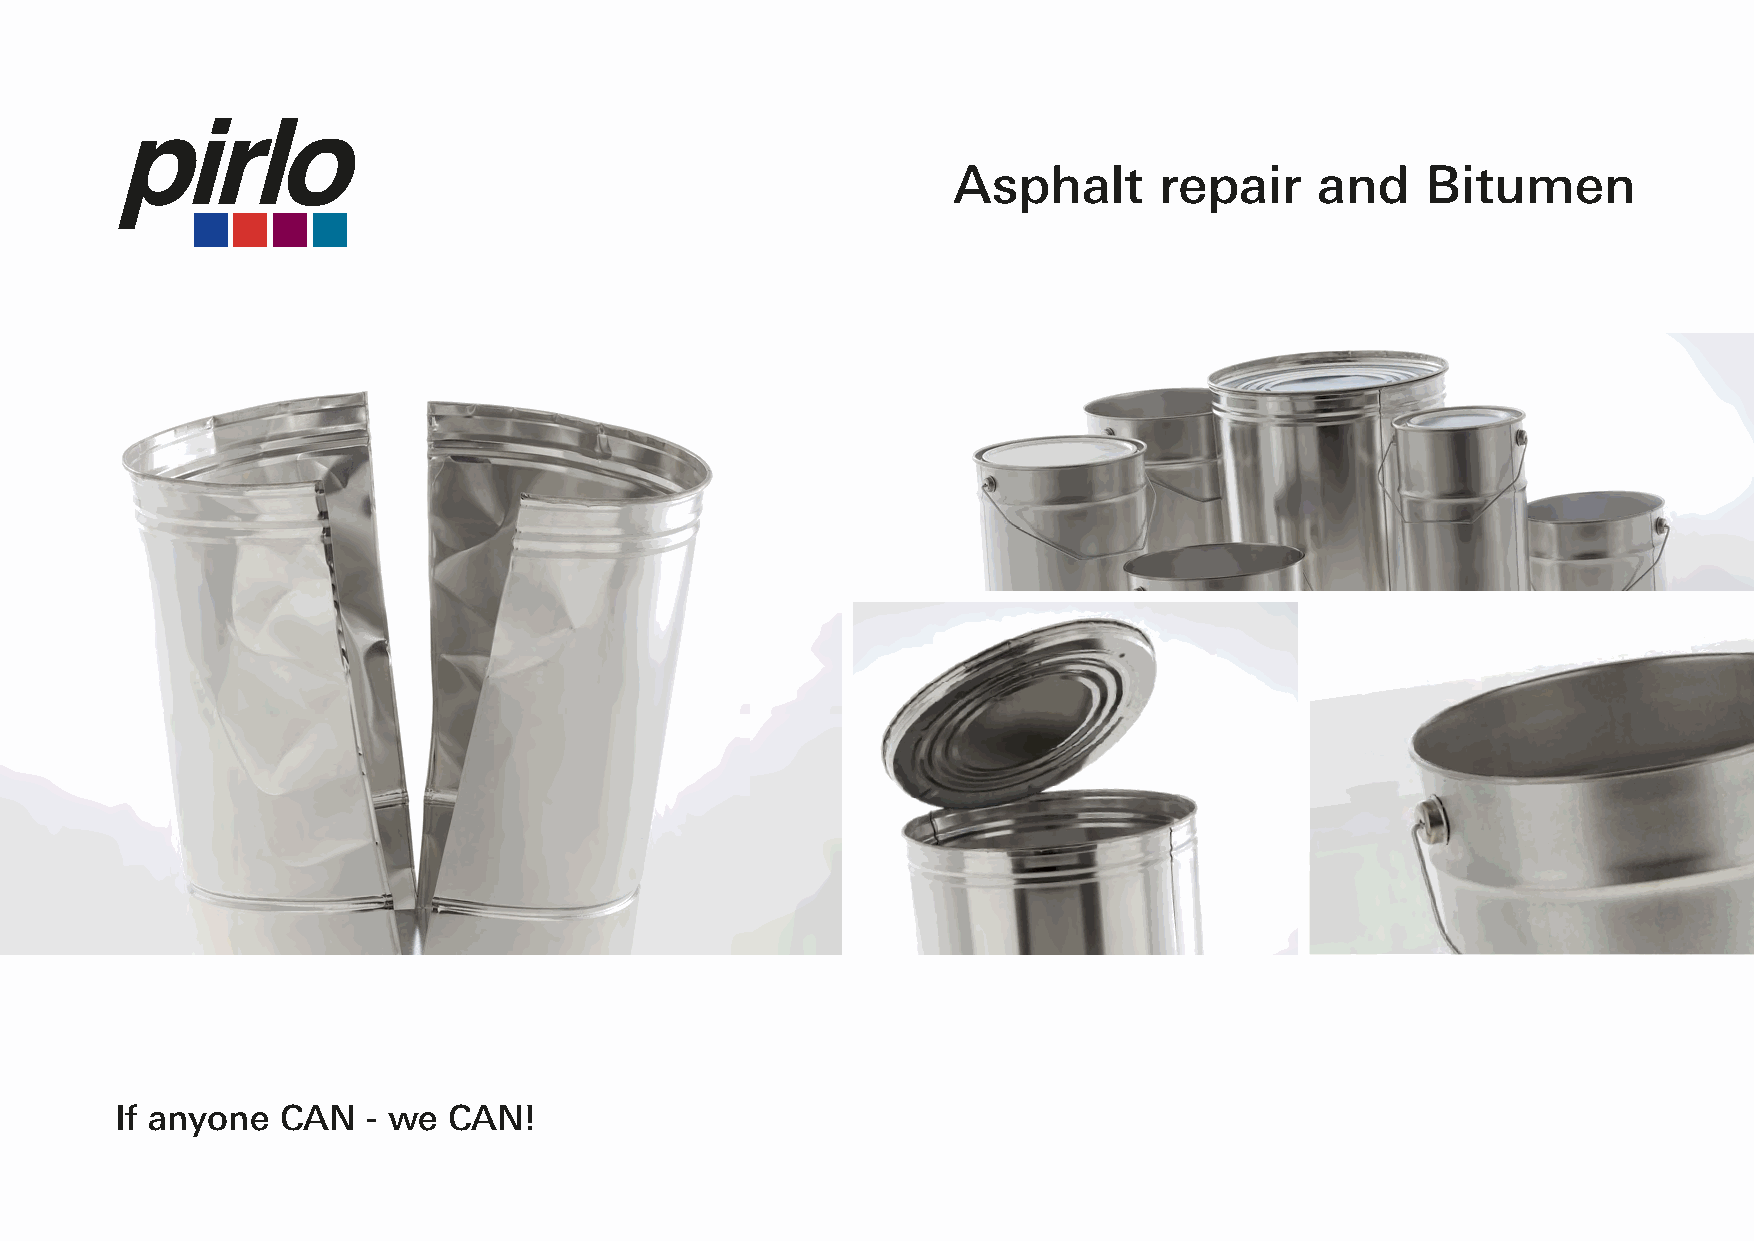
Asphalt       repair    and    Bitumen
 If anyone  CAN  - we  CAN!